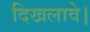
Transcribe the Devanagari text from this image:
दिखलावे।